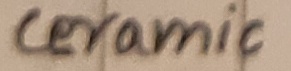
Text: ceramic